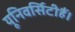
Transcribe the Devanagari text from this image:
यूनिवर्सिटीहैं।